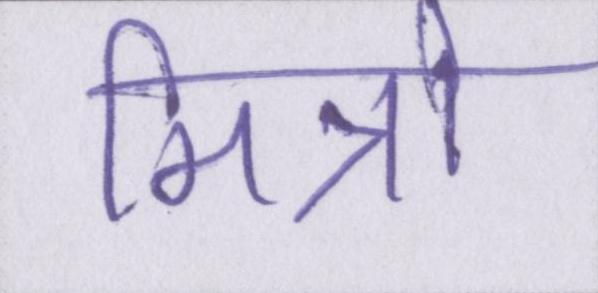
मित्रो